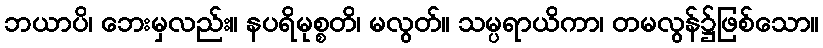
ဘယာပိ၊ ဘေးမှလည်း။ နပရိမုစ္စတိ၊ မလွတ်။ သမ္ပရာယိကာ၊ တမလွန်၌ဖြစ်သော။